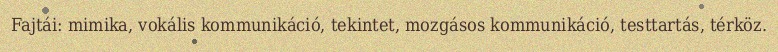
Fajtái: mimika, vokális kommunikáció, tekintet, mozgásos kommunikáció, testtartás, térköz.